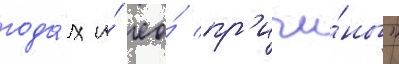
года́х и́ ео́ пр'ичи́ны"